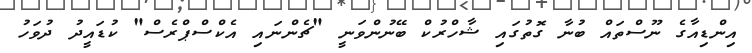
އިންޑިއާގެ ނޫސްތައް ބުނާ ގޮތުގައި ޝާހްރުކް ބޭނުންވަނީ "ޗެންނައި އެކްސްޕްރެސް" ކުޑައީދު ދުވަހު